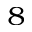
^ 8